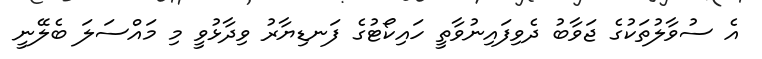
އެ ސުވާލުތަކުގެ ޖަވާބު ދެވިފައިނުވާތީ ހައިކޯޓުގެ ފަނޑިޔާރު ވިދާޅުވީ މި މައްސަލަ ބެލޭނީ